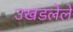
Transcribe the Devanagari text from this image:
उखडलेले